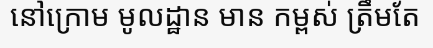
នៅក្រោម មូលដ្ឋាន មាន កម្ពស់ ត្រឹមតែ